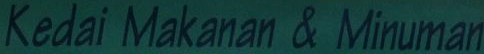
Kedai Makanan & Minuman